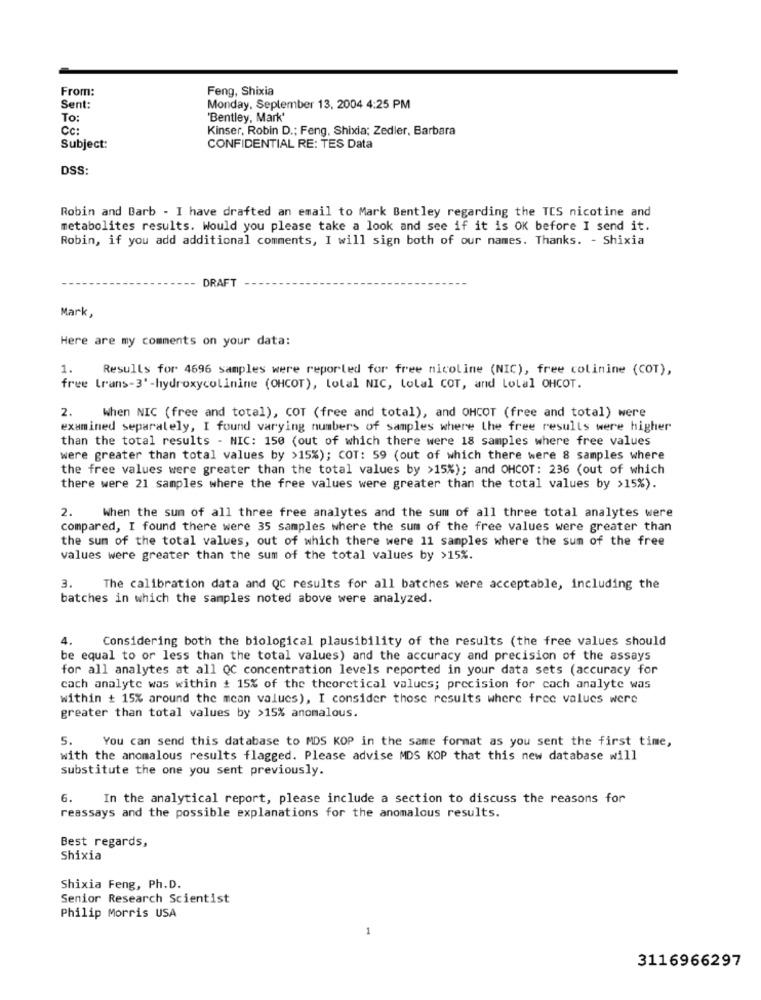
From:
Feng, Shixia
Sent:
Monday, September 13, 2004 4:25 PM
To:
'Bentley, Mark'
Cc:
Kinser, Robin D .; Feng, Shixia; Zedler, Barbara
Subject:
CONFIDENTIAL RE: TES Data
DSS:
Robin and Barb - I have drafted an email to Mark Bentley regarding the TCS nicotine and
metabolites results. Would you please take a look and see if it is OK before I send it.
Robin, if you add additional comments, I will sign both of our names. Thanks. - Shixia
DRAFT
Mark,
Here are my comments on your data:
1.
Results for 4696 samples were reported for free nicoline (NIC), free colinine (COT),
free trans-3' -hydroxycolinine (OHCOT), lolal NIC, total COT, and Lolal OHCOT.
2.
When NIC (free and total), COT (free and total), and OHCOT (free and total) were
examined separately, I found varying numbers of samples where the free results were higher
than the total results - NIC: 150 (out of which there were 18 samples where free values
were greater than total values by >15%); COT: 59 (out of which there were 8 samples where
the free values were greater than the total values by >15%); and OHCOT: 236 (out of which
there were 21 samples where the free values were greater than the total values by >15%).
2. When the sun of all three free analytes and the sum of all three total analytes were
compared, I found there were 35 samples where the sum of the free values were greater than
the sum of the total values, out of which there were 11 samples where the sum of the free
values were greater than the sum of the total values by >15%.
3.
The calibration data and QC results for all batches were acceptable, including the
batches in which the samples noted above were analyzed.
4.
Considering both the biological plausibility of the results (the free values should
be equal to or less than the total values) and the accuracy and precision of the assays
for all analytes at all QC concentration levels reported in your data sets (accuracy for
cach analyte was within : 15% of the theoretical values; precision for cach analyte was
within + 15% around the mean values), I consider those results where tree values were
greater than total values by >15% anomalous.
5.
You can send this database to MDS KOP in the same format as you sent the first time,
with the anomalous results flagged. Please advise MDS KOP that this new database will
substitute the one you sent previously.
6.
In the analytical report, please include a section to discuss the reasons for
reassays and the possible explanations for the anomalous results.
Best regards,
Shixia
Shixia Feng, Ph.D.
Senior Research Scientist
Philip Morris USA
3116966297